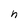
Character: h